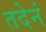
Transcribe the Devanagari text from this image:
तदेनं